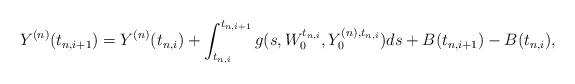
LaTeX: \begin{align*} Y^{(n)}(t_{n, i+1})=Y^{(n)}(t_{n, i})+ \int_{t_{n, i}}^{t_{n, i+1}} g(s, W_0^{t_{n, i}}, Y_0^{(n), t_{n, i}}) ds + B(t_{n, i+1})-B(t_{n, i}),\end{align*}